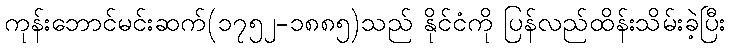
ကုန်းဘောင်မင်းဆက်(၁၇၅၂-၁၈၈၅)သည် နိုင်ငံကို ပြန်လည်ထိန်းသိမ်းခဲ့ပြီး